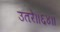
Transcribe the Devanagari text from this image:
उतरे॥६४॥